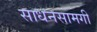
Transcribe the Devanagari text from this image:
साधनसामगी